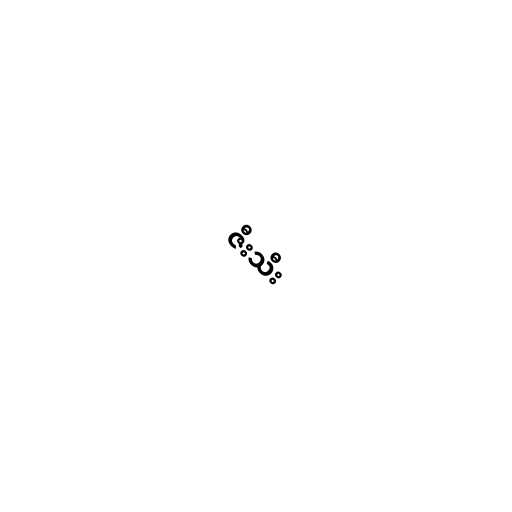
ဇီးသီး